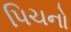
પિચનો